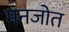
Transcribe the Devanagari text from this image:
मनजोत